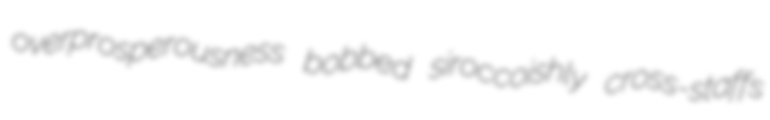
overprosperousness bobbed siroccoishly cross-staffs